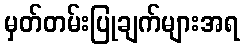
မှတ်တမ်းပြုချက်များအရ